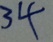
3 4